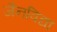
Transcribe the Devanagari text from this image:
जैनविद्या